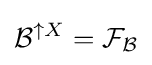
{\mathcal {B}}^{\uparrow X}={\mathcal {F}}_{\mathcal {B}}